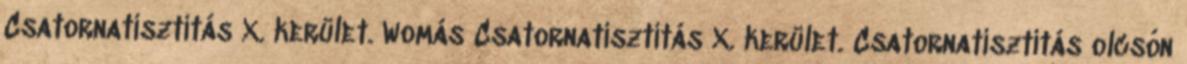
Csatornatisztítás X. kerület. Womás Csatornatisztítás X. kerület. Csatornatisztítás olcsón